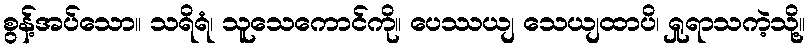
စွန့်အပ်သော။ သရိရံ၊ သူသေကောင်ကို။ ပေဿယျ သေယျထာပိ၊ ရှုရာသကဲ့သို့။